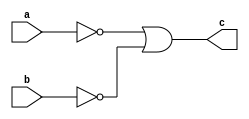
`timescale 1ns / 1ps
//////////////////////////////////////////////////////////////////////////////////
// Company: 
// Engineer: 
// 
// Design Name: 
// Module Name: two_input_demorgan_type_2_b
// Project Name: 
// Target Devices: 
// Tool Versions: 
// Description: 
// 
// Dependencies: 
// 
// Revision:
// Revision 0.01 - File Created
// Additional Comments:
// 
//////////////////////////////////////////////////////////////////////////////////


module two_input_demorgan_type_2_b(
    input a,
    input b,
    output c
);

assign c = (~a) | (~b);

endmodule